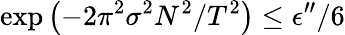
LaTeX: \exp\left(-2\pi^{2}\sigma^{2}N^{2}/T^{2}\right)\le\epsilon^{\prime\prime}/6